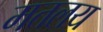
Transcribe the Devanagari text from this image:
मतलय